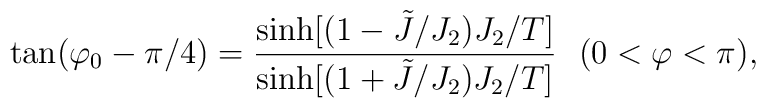
\tan (\varphi_0-\pi /4)={\sinh [(1-\tilde J/J_2)J_2/T]\over \sinh [(1+\tilde J/J_2)J_2/T]} \ \  (0<\varphi <\pi),